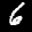
Label: 6